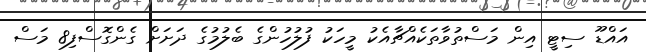
އައްޑޫ ސިޓީ އިން މަސްތުވާތަކެއްޗާއެކު މީހަކު ފުލުހުންގެ ބެލުމުގެ ދަށަށް ގެންގޮސްފި8 މަސް